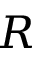
R